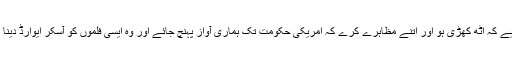
قوم کو چاہیے کہ اٹھ کھڑی ہو اور اتنے مظاہرے کرے کہ امریکی حکومت تک ہماری آواز پہنچ جائے اور وہ ایسی فلموں کو آسکر ایوارڈ دینا بند کر دے۔